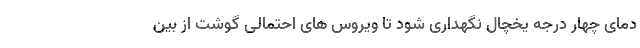
دمای چهار درجه یخچال نگهداری شود تا ویروس های احتمالی گوشت از بین